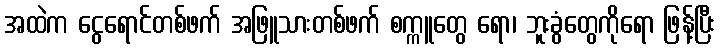
အထဲက ငွေရောင်တစ်ဖက် အဖြူသားတစ်ဖက် စက္ကူတွေ ရော၊ ဘူးခွံတွေကိုရော ဖြန့်ပြီး